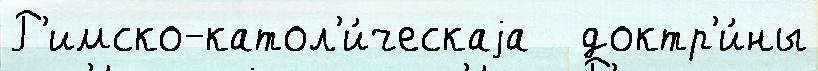
Р'имско-катол'и́ческаjа   доктр'и́ны